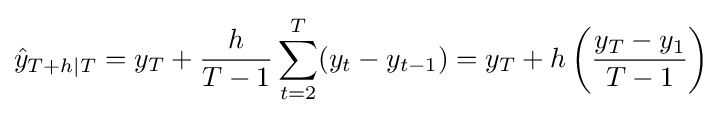
{\hat {y}}_{T+h|T}=y_{T}+{\frac {h}{T-1}}\sum _{t=2}^{T}(y_{t}-y_{t-1})=y_{T}+h\left({\frac {y_{T}-y_{1}}{T-1}}\right)